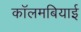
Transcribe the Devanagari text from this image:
कॉलमबियाई